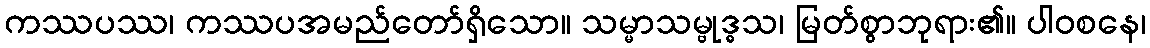
ကဿပဿ၊ ကဿပအမည်တော်ရှိသော။ သမ္မာသမ္ဗုဒ္ဓသ၊ မြတ်စွာဘုရား၏။ ပါဝစနေ၊